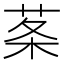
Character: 𦰏